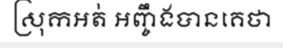
ស្រុកអត់ អញ្ចឹងបានគេថា